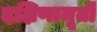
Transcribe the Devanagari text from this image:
दक्षिणामूर्ती